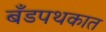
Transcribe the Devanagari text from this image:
बँडपथकात